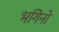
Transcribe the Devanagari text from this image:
भगिनो